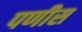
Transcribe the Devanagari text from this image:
पणीस